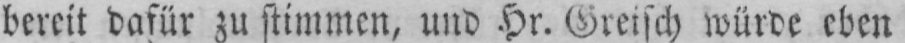
bereit dafür zu stimmen, und Hr. Greisch würde eben